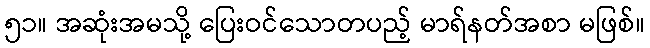
၅၁။ အဆုံးအမသို့ ပြေးဝင်သောတပည့် မာရ်နတ်အစာ မဖြစ်။